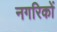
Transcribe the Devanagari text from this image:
नगरिकों